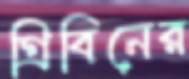
গ্রিবিনের